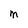
Character: M